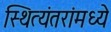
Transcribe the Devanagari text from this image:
स्थित्यंतरांमध्ये